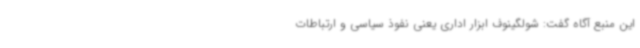
این منبع آگاه گفت: شولگینوف ابزار اداری یعنی نفوذ سیاسی و ارتباطات